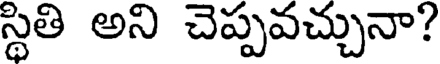
స్థితి అని చెప్పవచ్చునా?